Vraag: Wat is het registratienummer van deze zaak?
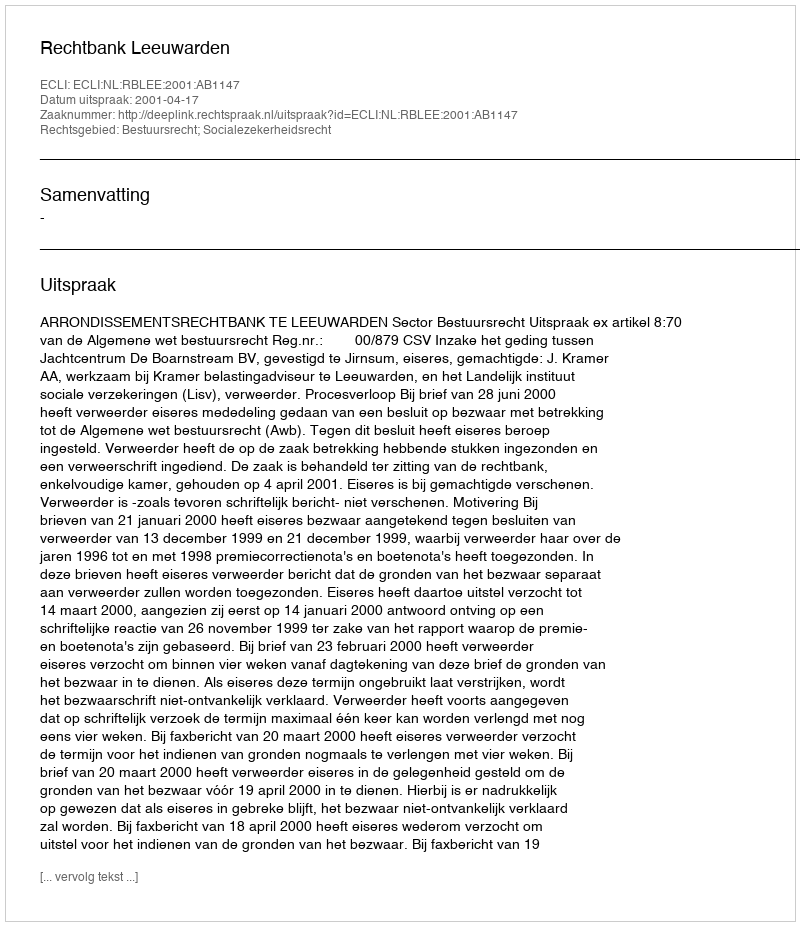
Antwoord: http://deeplink.rechtspraak.nl/uitspraak?id=ECLI:NL:RBLEE:2001:AB1147